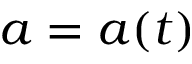
a = a ( t )